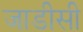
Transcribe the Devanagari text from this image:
जाडीसी